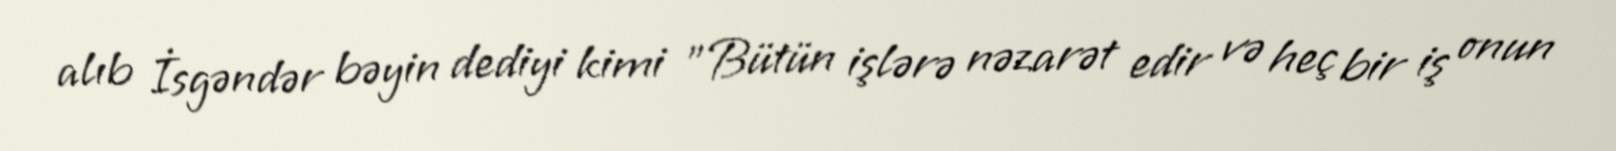
alıb İsgəndər bəyin dediyi kimi "Bütün işlərə nəzarət edir və heç bir iş onun